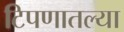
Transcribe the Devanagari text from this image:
टिपणातल्या